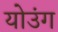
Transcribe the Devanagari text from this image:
योउंग